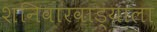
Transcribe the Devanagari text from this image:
शनिवारवाड्याला